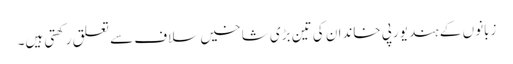
زبانوں کے ہند یورپی خاندان کی تین بڑی شاخیں سلاف سے تعلق رکھتی ہیں۔